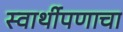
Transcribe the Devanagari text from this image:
स्वार्थीपणाचा